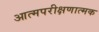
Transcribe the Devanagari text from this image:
आत्मपरीक्षणात्मक